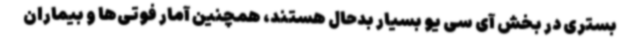
بستری در بخش آی سی یو بسیار بدحال هستند، همچنین آمار فوتی‌ها و بیماران